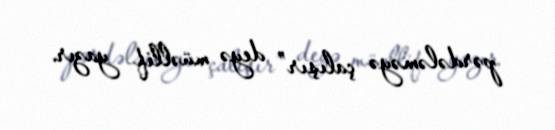
pərdələməyə çalışır” deyə müəllif yazır.